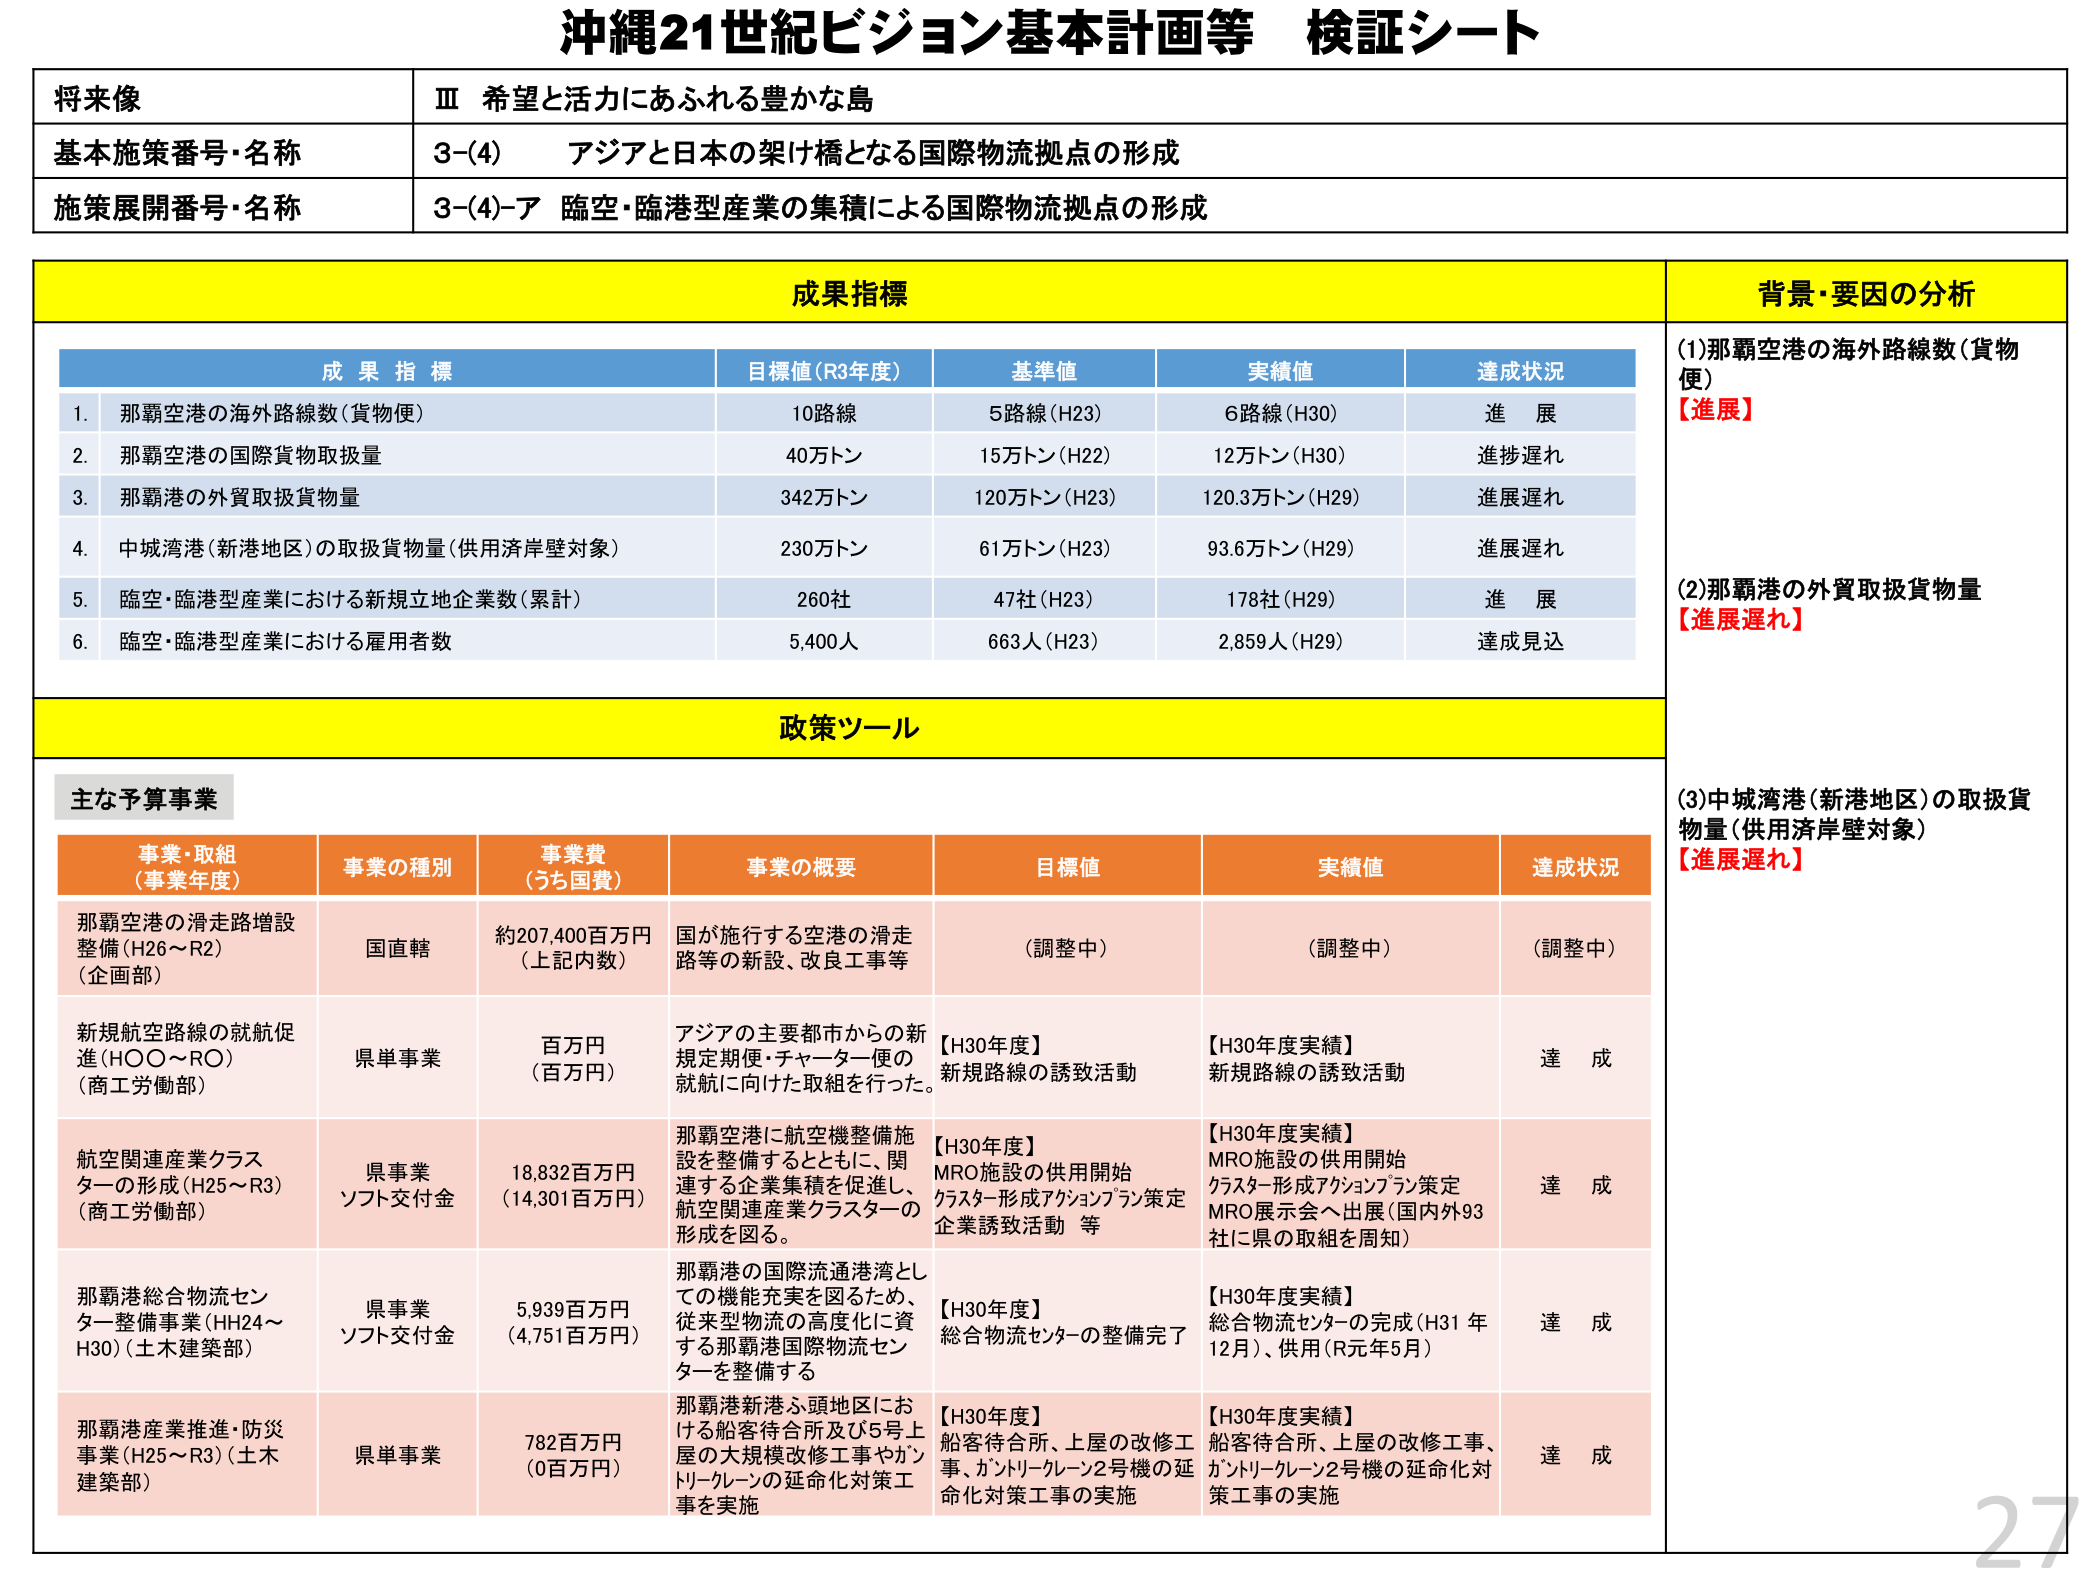
沖縄21世紀ビジョン基本計画等 検証シート

将来像
Ⅲ 希望と活力にあふれる豊かな島

基本施策番号・名称
3-(4) アジアと日本の架け橋となる国際物流拠点の形成

施策展開番号・名称
3-(4)-ア 臨空・臨港型産業の集積による国際物流拠点の形成

成果指標

成果指標
目標値（R3年度）
基準値
実績値
達成状況

1. 那覇空港の海外路線数（貨物便）
10路線
5路線（H23）
6路線（H30）
進 展

2. 那覇空港の国際貨物取扱量
40万トン
15万トン（H22）
12万トン（H30）
進捗遅れ

3. 那覇港の外貿取扱貨物量
342万トン
120万トン（H23）
120.3万トン（H29）
進展遅れ

4. 中城湾港（新港地区）の取扱貨物量（供用済岸壁対象）
230万トン
61万トン（H23）
93.6万トン（H29）
進展遅れ

5. 臨空・臨港型産業における新規立地企業数（累計）
260社
47社（H23）
178社（H29）
進 展

6. 臨空・臨港型産業における雇用者数
5,400人
663人（H23）
2,859人（H29）
達成見込

背景・要因の分析

(1)那覇空港の海外路線数（貨物便）
【進展】

(2)那覇港の外貿取扱貨物量
【進展遅れ】

(3)中城湾港（新港地区）の取扱貨物量（供用済岸壁対象）
【進展遅れ】

政策ツール

主な予算事業

事業・取組
（事業年度）
事業の種別
事業費
（うち国費）
事業の概要
目標値
実績値
達成状況

那覇空港の滑走路増設整備（H26～R2）
（企画部）
国直轄
約207,400百万円
（上記内数）
国が施行する空港の滑走路等の新設、改良工事等
（調整中）
（調整中）
（調整中）

新規航空路線の就航促進（H○○～R○）
（商工労働部）
県単事業
百万円
（百万円）
アジアの主要都市からの新規定期便・チャーター便の就航に向けた取組を行った。
【H30年度】
新規路線の誘致活動
【H30年度実績】
新規路線の誘致活動
達 成

航空関連産業クラスターの形成（H25～R3）
（商工労働部）
県事業
ソフト交付金
18,832百万円
（14,301百万円）
那覇空港に航空機整備施設を整備するとともに、関連する企業集積を促進し、航空関連産業クラスターの形成を図る。
【H30年度】
MRO施設の供用開始
クラスター形成アクションプラン策定
企業誘致活動 等
【H30年度実績】
MRO施設の供用開始
クラスター形成アクションプラン策定
MRO展示会へ出展（国内外93社に県の取組を周知）
達 成

那覇港総合物流センター整備事業（H24～H30）（土木建築部）
県事業
ソフト交付金
5,939百万円
（4,751百万円）
那覇港の国際流通港湾としての機能充実を図るため、従来型物流の高度化に資する那覇港国際物流センターを整備する
【H30年度】
総合物流センターの整備完了
【H30年度実績】
総合物流センターの完成（H31年12月）、供用（R元年5月）
達 成

那覇港産業推進・防災事業（H25～R3）（土木建築部）
県単事業
782百万円
（0百万円）
那覇港新港ふ頭地区における船客待合所及び5号上屋の大規模改修工事やカントリーグルーン2号機の延命化対策工事を実施
【H30年度】
船客待合所、上屋の改修工事、カントリーグルーン2号機の延命化対策工事の実施
【H30年度実績】
船客待合所、上屋の改修工事、カントリーグルーン2号機の延命化対策工事の実施
達 成

27